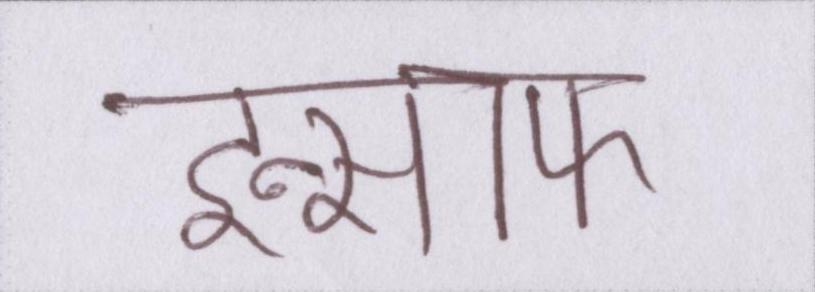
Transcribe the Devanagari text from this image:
इन्साफ